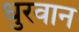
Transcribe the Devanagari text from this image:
धुरवान